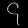
Digit: ၄